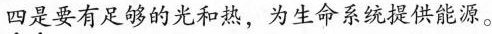
四是要有足够的光和热，为生命系统提供能源。